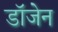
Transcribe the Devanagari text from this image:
डॉजेन